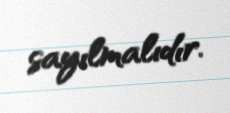
sayılmalıdır.